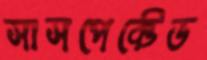
সাসপেক্টেড